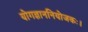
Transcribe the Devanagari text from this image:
योगज्ञाननियोजकः।